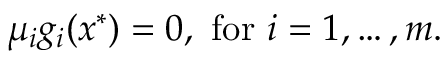
\mu _ { i } g _ { i } ( x ^ { * } ) = 0 , { \mathrm { ~ f o r ~ } } i = 1 , \ldots , m .